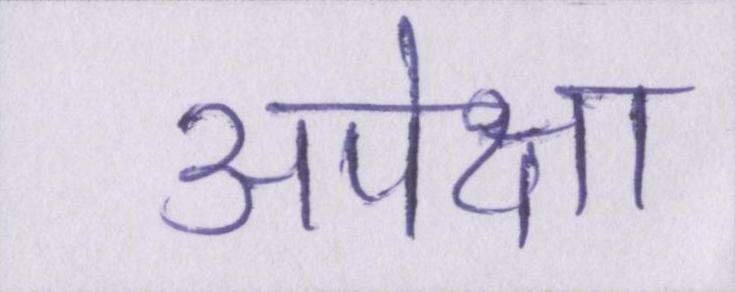
अपेक्षा